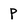
Character: P